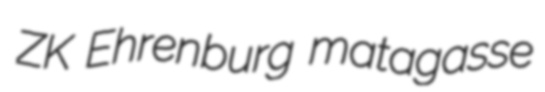
ZK Ehrenburg matagasse